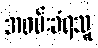
အဖမ်းခံရသူ